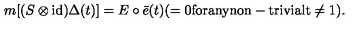
m [ ( S \otimes \mathrm { i d } ) \Delta ( t ) ] = E \circ \bar { e } ( t ) ( = 0 \mathrm { f o r a n y n o n - t r i v i a l t \not = 1 } ) .